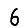
Digit: 6